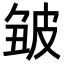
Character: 𤿥